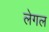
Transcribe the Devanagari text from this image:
लेगल